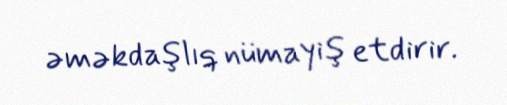
əməkdaşlıq nümayiş etdirir.